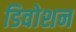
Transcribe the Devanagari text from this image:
डिवोशन